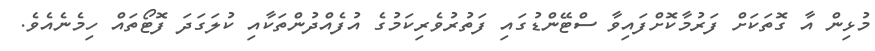
މުޅިން އާ ގޮތަކަށް ފަރުމާކޮށްފައިވާ ސްޓޭންޑުގައި ފަތުރުވެރިކަމުގެ އުފެއްދުންތަކާއި ކުލަގަދަ ފޮޓޯތައް ހިމެނެއެވެ.